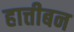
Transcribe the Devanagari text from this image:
हात्तीबन